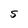
Character: S